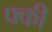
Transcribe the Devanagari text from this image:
फ्की